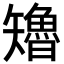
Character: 𮀊